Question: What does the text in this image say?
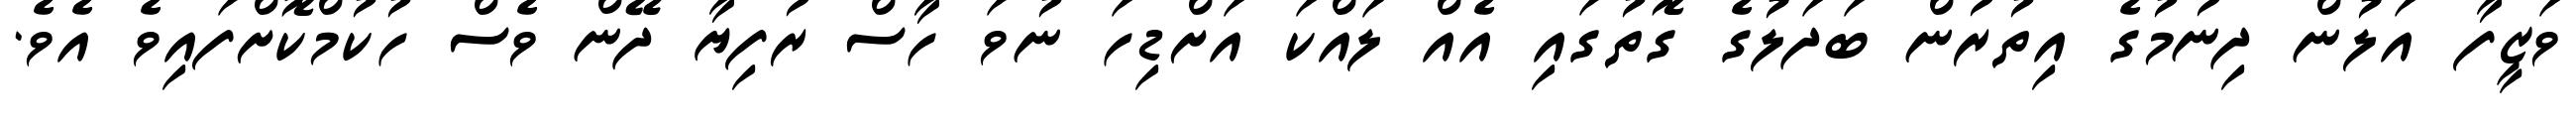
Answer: ވަޒީފާ އަލުން ދިނުމުގެ އިތުރުން ބަދަލުގެ ގޮތުގައި އެއް ލައްކަ އަށްޑިހަ ނުވަ ހާސް ރުފިޔާ ދޭން ވެސް ހުކުމްކޮށްފައިވެ އެވެ.